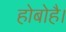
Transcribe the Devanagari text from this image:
होबोहै।